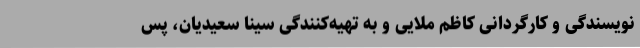
نویسندگی و کارگردانی کاظم ملایی و به تهیه‌کنندگی سینا سعیدیان، پس